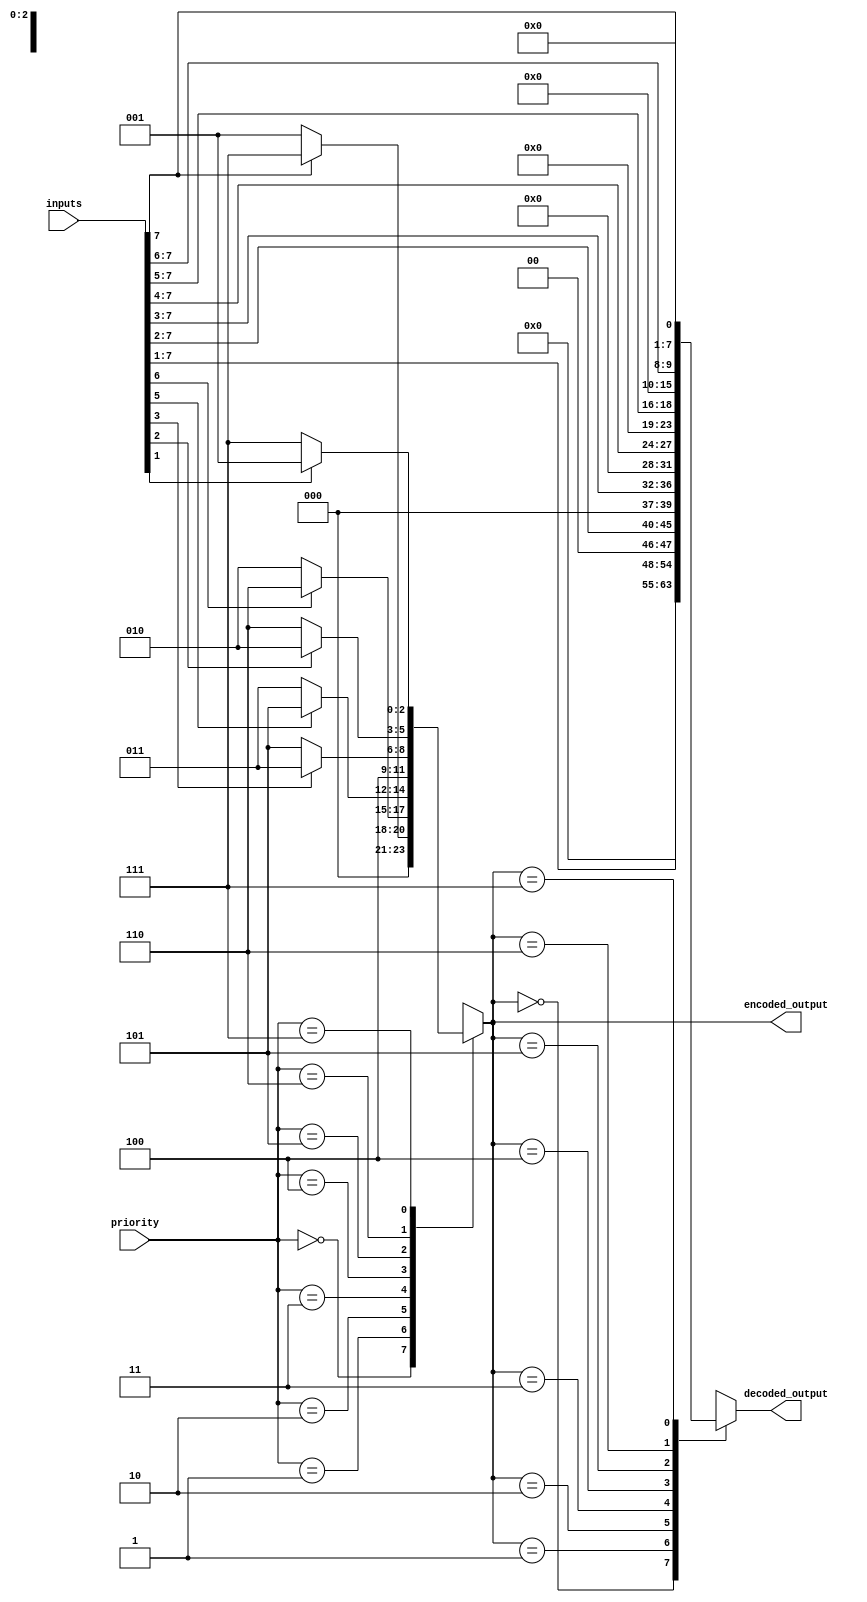
module priority_encoder_decoder(
    input [7:0] inputs,
    input [2:0] priority,
    output reg [2:0] encoded_output,
    output reg [7:0] decoded_output
);

// Priority Encoder
always @*
begin
    case (priority)
        3'b000: encoded_output = 3'b000;
        3'b001: encoded_output = (inputs[7]) ? 3'b111 : 3'b001;
        3'b010: encoded_output = (inputs[6]) ? 3'b110 : 3'b010;
        3'b011: encoded_output = (inputs[5]) ? 3'b101 : 3'b011;
        3'b100: encoded_output = (inputs[4]) ? 3'b100 : 3'b100;
        3'b101: encoded_output = (inputs[3]) ? 3'b011 : 3'b101;
        3'b110: encoded_output = (inputs[2]) ? 3'b010 : 3'b110;
        3'b111: encoded_output = (inputs[1]) ? 3'b001 : 3'b111;
    endcase
end

// Decoder
always @*
begin
    case (encoded_output)
        3'b000: decoded_output = 8'b00000000;
        3'b001: decoded_output = inputs[7:1];
        3'b010: decoded_output = inputs[7:2];
        3'b011: decoded_output = inputs[7:3];
        3'b100: decoded_output = inputs[7:4];
        3'b101: decoded_output = inputs[7:5];
        3'b110: decoded_output = inputs[7:6];
        3'b111: decoded_output = inputs[7:7];
    endcase
end

endmodule